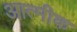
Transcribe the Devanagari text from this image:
आत्मीक